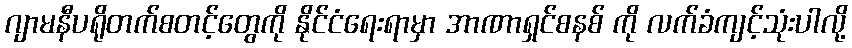
ဂျာမနီပရိုတက်စတင့်တွေကို နိုင်ငံရေးရာမှာ အာဏာရှင်စနစ် ကို လက်ခံကျင့်သုံးပါလို့